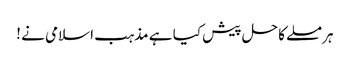
ہر مسلے کا حل پیش کیا ہے مذہب اسلامی نے !